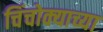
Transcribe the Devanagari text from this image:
चिंचोक्याच्या